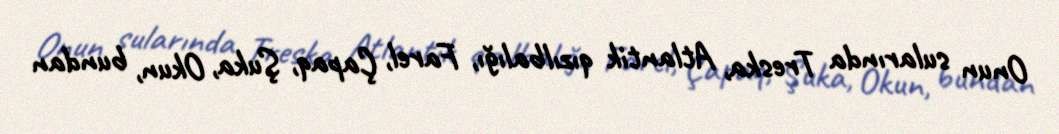
Onun sularında Treska, Atlantik qızılbalığı, Farel, Çapaq, Şuka, Okun, bundan